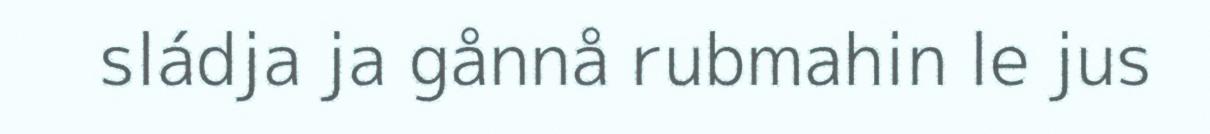
sládja ja gånnå rubmahin le jus